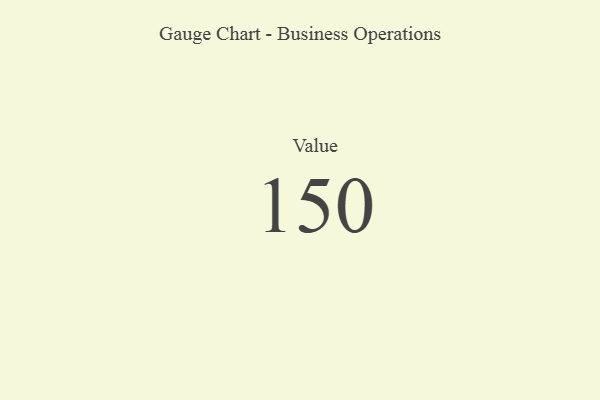
{"axis": {"x": "Metric", "y": "Value"}, "legend": [""], "data": [{"x": "Value", "y": 150, "type": ""}]}